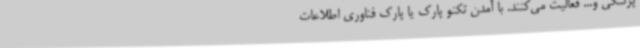
پزشکی و... فعالیت می‌کنند. با آمدن تکنو پارک یا پارک فناوری اطلاعات